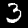
Digit: 3